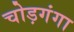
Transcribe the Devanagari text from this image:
चोड़गंगा